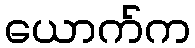
ယောက်က